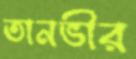
তানভীর